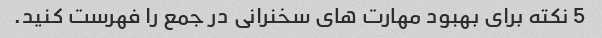
5 نکته برای بهبود مهارت های سخنرانی در جمع را فهرست کنید.